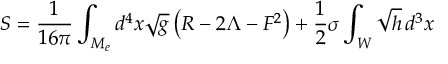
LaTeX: { \cal S } = \frac { 1 } { 1 6 \pi } \int _ { M _ { e } } d ^ { 4 } x \sqrt { g } \left( R - 2 \Lambda - F ^ { 2 } \right) + \frac { 1 } { 2 } \sigma \int _ { W } \sqrt { h } \, d ^ { 3 } x